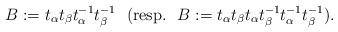
LaTeX: \begin{align*}B:=t_{\alpha}t_{\beta}t_{\alpha}^{-1}t_{\beta}^{-1} \ \ (\mathrm{resp.} \ \ B:=t_{\alpha}t_{\beta}t_{\alpha}t_{\beta}^{-1}t_{\alpha}^{-1}t_{\beta}^{-1}).\end{align*}